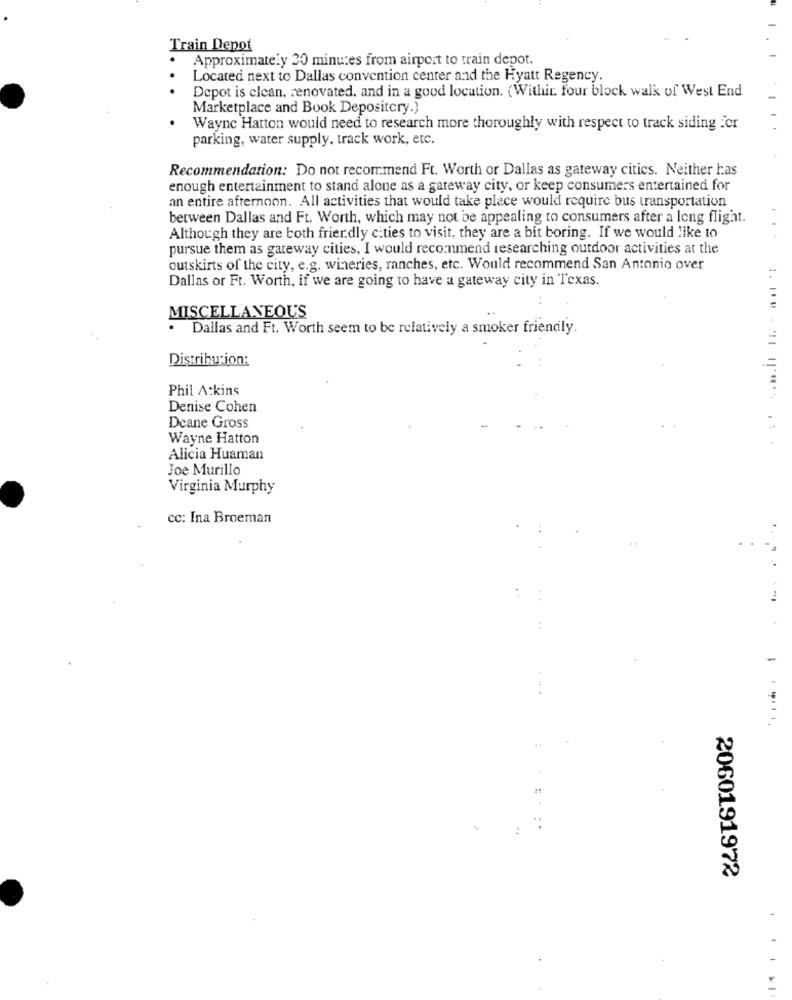
Train Depot
Approximately 30 minutes from airport to train depot.
Located next to Dallas convention center and the Hyatt Regency.
Depot is clean, renovated, and in a good location. (Withir. four block walk of West End
Marketplace and Book Depositcry.)
Wayne Hatton would need to research more thoroughly with respect to track siding for
parking, water supply. track work, etc.
Recommendation: Do not recommend Ft. Worth or Dallas as gateway citics. Neither has
enough entertainment to stand alone as a gateway city, or keep consumers entertained for
an entire afternoon. All activities that would take place would require bus transportation
between Dallas and Ft. Worth, which may not be appealing to consumers after a long flight.
Although they are both friendly cities to visit, they are a bit boring. If we would like to
pursue them as gateway cities, I would recommend researching outdoor activities at the
outskirts of the city, e.g. wineries, ranches, etc. Would recommend San Antonio over
Dallas or Ft. Worth, if we are going to have a gateway city in Texas.
MISCELLANEOUS
.
Dallas and Ft. Worth seem to be relatively a smoker friendly.
Distribucion:
Phil Atkins
Denise Cohen
Deane Gross
Wayne Hatton
Alicia Huaman
Joe Murillo
Virginia Murphy
cc: Ina Broeman
-
2060191972